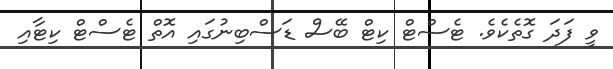
ވީ ފަދަ ގޮތެކެވެ. ޓެސްޓް ކިޓް ބޭސް ޑަސްބިނުގައި އޮތް ޓެސްޓް ކިޓާއި